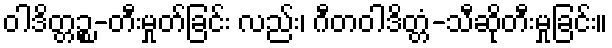
ဝါဒိတ္တဉ္စ-တီးမှုတ်ခြင်း လည်း၊ ဂီတဝါဒိတ္တံ-သီဆိုတီးမှုခြင်း။